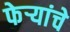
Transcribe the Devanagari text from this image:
फेर्‍यांचे